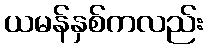
ယမန်နှစ်ကလည်း